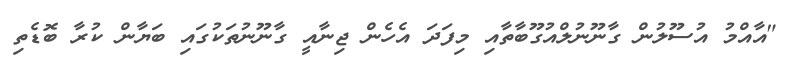
"އާއްމު އުސޫލުން ގާނޫނުލްއުގޫބާތާއި މިފަދަ އެހެން ޖިނާއީ ގާނޫނުތަކުގައި ބަޔާން ކުރާ ބޮޑެތި